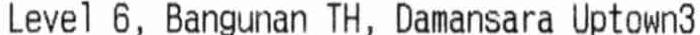
LEVEL 6, BANGUNAN TH, DAMANSARA UPTOWN3